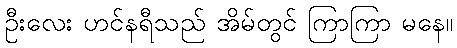
ဦးလေး ဟင်နရီသည် အိမ်တွင် ကြာကြာ မနေ။